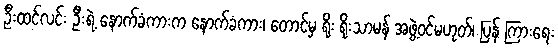
ဦးထင်လင်း ဦးရဲ့ နောက်ခံကားက နောက်ခံကား၊ တောင်မှ ရိုး ရိုးသာမန် အဖွဲ့ဝင်မဟုတ်၊ ပြန် ကြားရေး